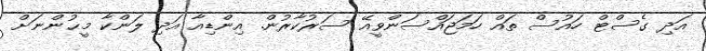
އަދި ގެސްޓް ހައުސް ތައް ހަމަޖައްސަންވީއޭ ސަރުކާރުން. އިންޑިއާ އަދި ލަންކާ މީޙުންނަށް